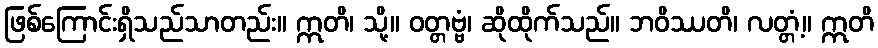
ဖြစ်ကြောင်းရှိသည်သာတည်း။ ဣတိ၊ သို့။ ဝတ္တဗ္ဗံ၊ ဆိုထိုက်သည်။ ဘဝိဿတိ၊ လတ္တံ့။ ဣတိ